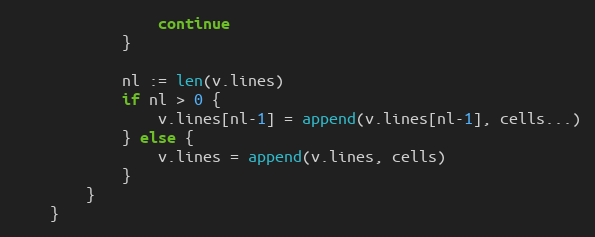
Language: Go
				continue
			}

			nl := len(v.lines)
			if nl > 0 {
				v.lines[nl-1] = append(v.lines[nl-1], cells...)
			} else {
				v.lines = append(v.lines, cells)
			}
		}
	}